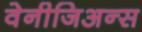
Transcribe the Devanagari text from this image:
वेनीजिअन्स